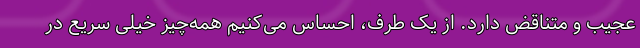
عجیب و متناقض دارد. از یک طرف، احساس می‌کنیم همه‌چیز خیلی سریع در